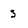
Character: S